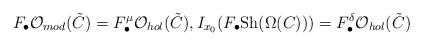
LaTeX: \begin{align*}F_\bullet\mathcal O_{mod}(\tilde C)=F_\bullet^\mu\mathcal O_{hol}(\tilde C), I_{x_0}(F_\bullet\mathrm{Sh}(\Omega(C)))=F_\bullet^\delta\mathcal O_{hol}(\tilde C)\end{align*}